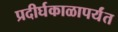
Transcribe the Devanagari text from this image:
प्रदीर्घकाळापर्यंत